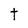
Character: t